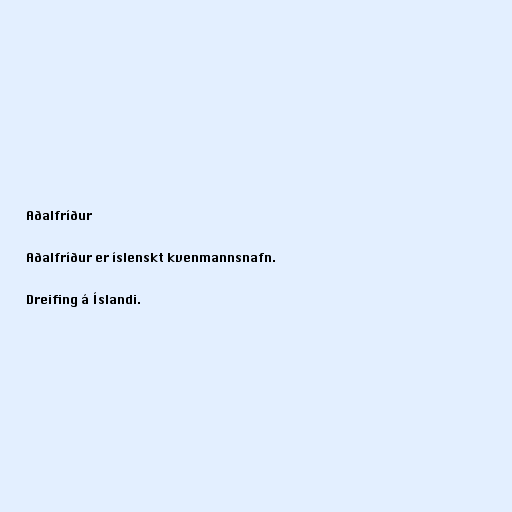
Aðalfríður

Aðalfríður er íslenskt kvenmannsnafn.

Dreifing á Íslandi.